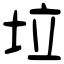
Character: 垃